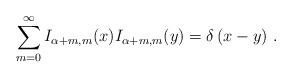
LaTeX: \begin{align*}\sum_{m=0}^{\infty }I_{\alpha +m,m}(x)I_{\alpha +m,m}(y)=\delta \left(x-y\right) \,. \end{align*}